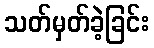
သတ်မှတ်ခဲ့ခြင်း